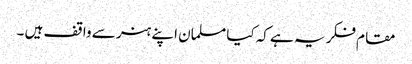
مقام فکر یہ ہے کہ کیا مسلمان اپنے ہنر سے واقف ہیں ۔